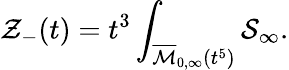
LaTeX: {\cal Z}_{-}(t)=t^{3}\int_{\overline{{{{\cal M}}}}_{0,\infty}(t^{5})}{\cal S}_{\infty}.